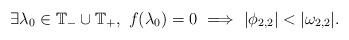
LaTeX: \begin{align*}\exists \lambda_0\in \mathbb{T}_-\cup\mathbb{T}_+, \ f(\lambda_0) = 0\ \Longrightarrow \ |\phi_{2,2}| < |\omega_{2,2}|.\end{align*}